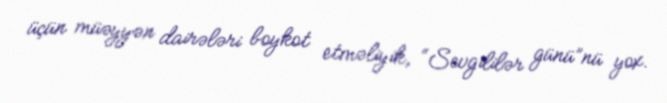
üçün müəyyən dairələri boykot etməliyik, “Sevgililər günü”nü yox.